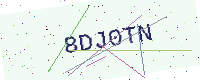
Text: 8DJ0TN